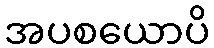
အပစယောပိ